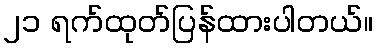
၂၁ ရက်ထုတ်ပြန်ထားပါတယ်။